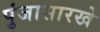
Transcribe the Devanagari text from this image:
पुंजासारखे